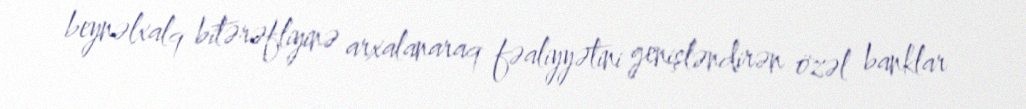
beynəlxalq bitərəfliyinə arxalanaraq fəaliyyətini genişləndirən özəl banklar